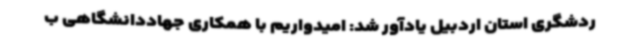
ردشگری استان اردبیل یادآور شد: امیدواریم با همکاری جهاددانشگاهی ب